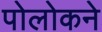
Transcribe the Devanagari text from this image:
पोलोकने